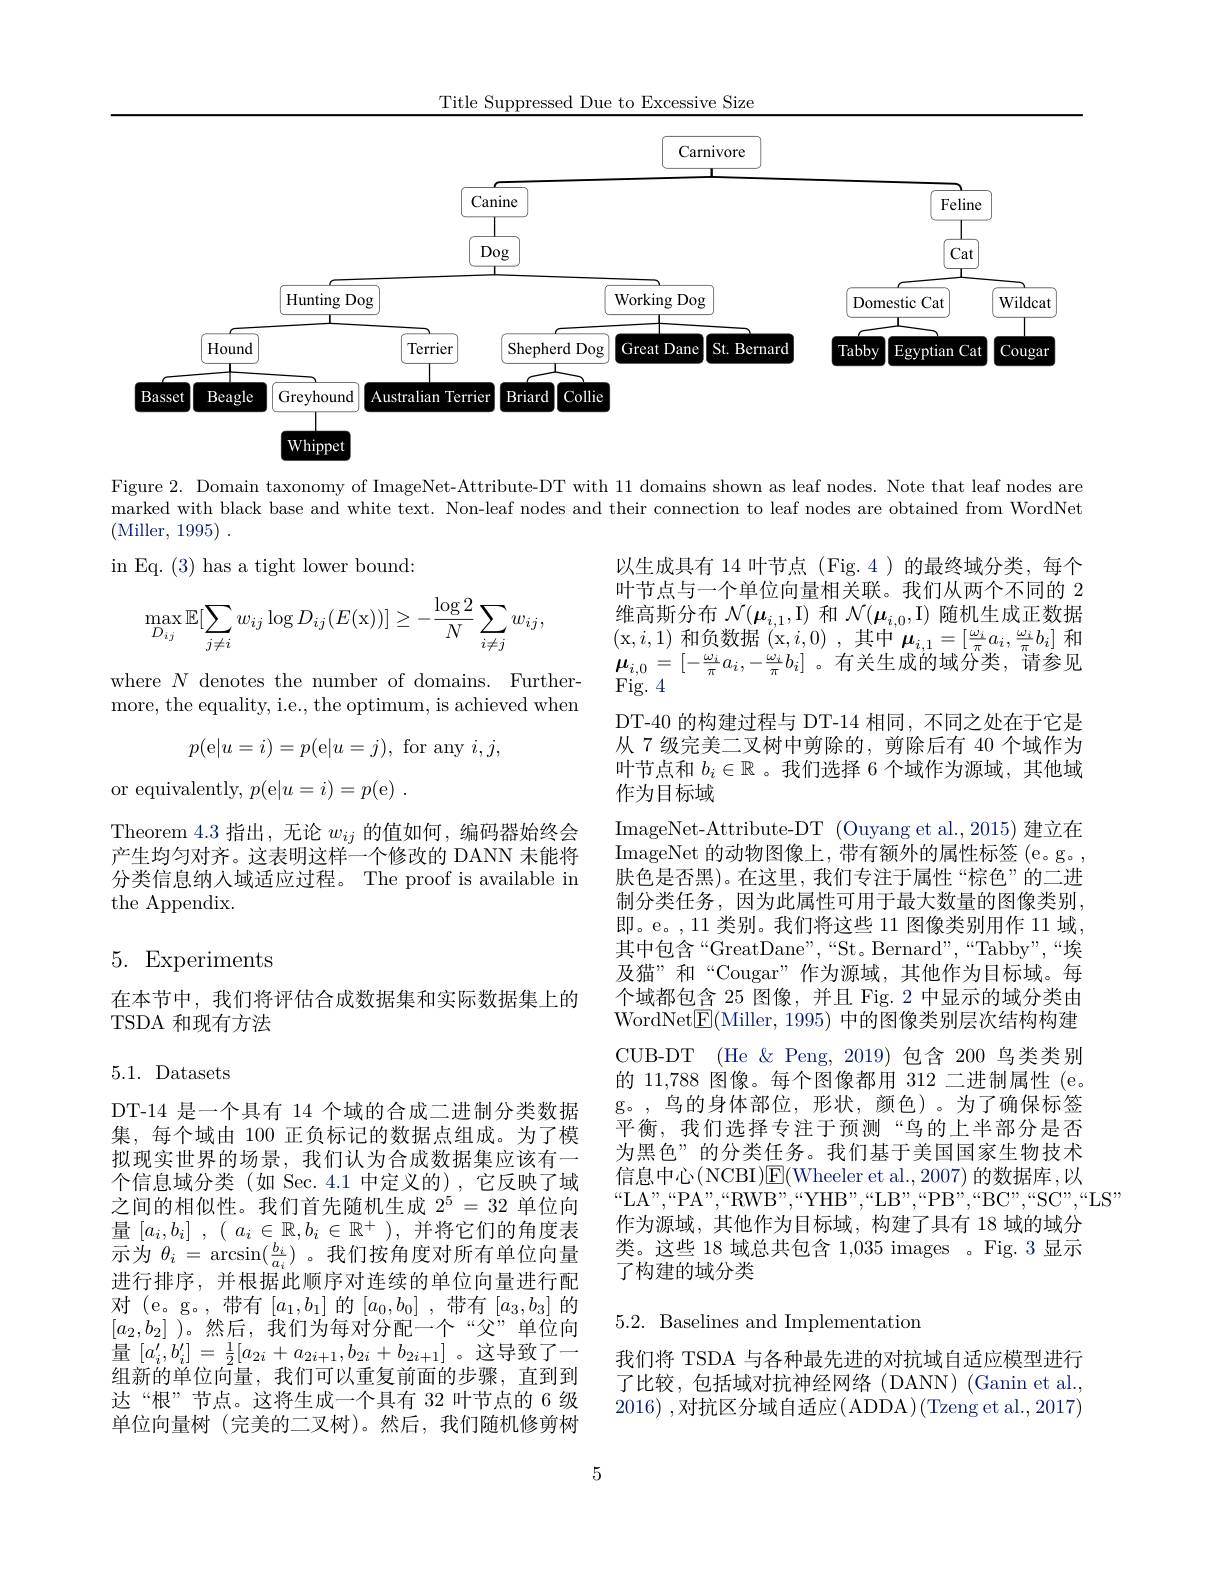
Title Suppressed Due to Excessive Size

<FigureHere>

Figure 2. Domain taxonomy of ImageNet-Attribute-DT with 11 domains shown as leaf nodes. Note that leaf nodes are

marked with black base and white text. Non-leaf nodes and their connection to leaf nodes are obtained from WordNet

(Miller, 1995) .

in Eq. (3) has a tight lower bound:
$$\max_{D_{ij}}\mathbb{E}[\sum_{j\neq i}w_{ij}\log D_{ij}(E(\mathrm{x}))]\geq-\frac{\log2}{N}\sum_{i\neq j}w_{ij},$$
where $N$ denotes the number of domains. Furthermore, the equality, i.e., the optimum, is achieved when
$$p(\mathrm{e}|u=i)=p(\mathrm{e}|u=j),$$
$i,j$,
or equivalently, $p($e$|u=i)=p($e) .

Theorem 4.3 指出，无论$w_{ij}$的值如何，编码器始终会产生均匀对齐。这表明这样一个修改的 DANN 未能将分类信息纳人域适应过程。The proof is available in the Appendix.

以生成具有 14 叶节点 (Fig.4)的最终域分类，每个叶节点与一个单位向量相关联。我们从两个不同的 2维高斯分布$\mathcal{N}(\boldsymbol{\mu}_{i,1},\mathcal{I})$和$\mathcal{N}(\boldsymbol{\mu}_{i,0},\mathcal{I})$随机生成正数据(x$,i,1)$和负数据(x$,i,0)$ ,其中$\boldsymbol\mu_i,1=[\frac{\omega_i}{\pi}a_i,\frac{\omega_i}{\pi}b_i]$和$\begin{array}{l}{\boldsymbol{\mu}_{i,0}=[-\frac{\omega_{i}}{\pi}a_{i},-\frac{\omega_{i}}{\pi}b_{i}]\text{。有关生成的域分类，请参见}}\\{\mathrm{Fig.~4}}\end{array}$ DT-40 的构建过程与 DT-14 相同，不同之处在于它是从 7 级完美二叉树中剪除的，剪除后有 40 个域作为叶节点和$b_i\in\mathbb{R}$ 。我们选择 6 个域作为源域，其他域作为目标域
ImageNet-Attribute-DT (Ouyang et al., 2015) 建立在$\operatorname*{ImageNet}$的动物图像上，带有额外的属性标签( $e$。g。, 肤色是否黑)。在这里，我们专注于属性“棕色”的二进制分类任务，因为此属性可用于最大数量的图像类别， 即。e。,11 类别。我们将这些 11 图像类别用作 11 域， 其中包含“GreatDane”,“St。Bernard”,“Tabby”,“埃及猫”和“Cougar”作为源域，其他作为目标域。每个域都包含 25 图像，并且 Fig. 2 中显示的域分类由WordNet$\boxed{\mathrm{F}}($Miller, 1995) 中的图像类别层次结构构建CUB-DT (He $\&$ Peng, 2019)包含 200 鸟类类别的 11,788 图像。每个图像都用 312 二进制属性 (e。g。,鸟的身体部位，形状，颜色)。为了确保标签平衡，我们选择专注于预测“鸟的上半部分是否为黑色”的分类任务。我们基于美国国家生物技术信息中心(NCBI)E$( Wheeler et al. , 2007) 的 数 据 库 , 以$ $“$LA",“PA”,“RWB”,“YHB”,“LB”,“PB”,“BC”,“SC”,“LS”
作为源域，其他作为目标域，构建了具有 18 域的域分类。这些 18 域总共包含 1,035 images 。Fig. 3 显示了构建的域分类

## 5. Experiments

在本节中，我们将评估合成数据集和实际数据集上的
TSDA 和现有方法

5.1. Datasets

DT-14 是一个具有 14 个域的合成二进制分类数据集，每个域由 100 正负标记的数据点组成。为了模拟现实世界的场景，我们认为合成数据集应该有一个信息域分类(如 Sec.4.1 中定义的),它反映了域之间的相似性。我们首先随机生成$2^5=32$单位向量$[ a_i, b_i]$ , ( $a_i\in \mathbb{R} , b_i\in \mathbb{R} ^+$ ),并将它们的角度表示为$\theta_i=\arcsin(\frac{b_i}{a_i})$。我们按角度对所有单位向量进行排序，并根据此顺序对连续的单位向量进行配对 (e。g。,带有$[a_1,b_1]$的$[a_0,b_0]$,带有$[a_3,b_3]$的$[a_2,b_2]$ )。然后，我们为每对分配一个“父”单位向量$\left[a_{i}^{\prime},b_{i}^{\prime}\right]=\frac12[a_{2i}+a_{2i+1},b_{2i}+b_{2i+1}]$。这导致了一组新的单位向量，我们可以重复前面的步骤，直到到达“根”节点。这将生成一个具有 32 叶节点的 6 级单位向量树 (完美的二叉树)。然后，我们随机修剪树

## 5.2. Baselines and Implementation

我们将 TSDA 与各种最先进的对抗域自适应模型进行了比较，包括域对抗神经网络(DANN)(Ganin et al. 2016) ,对抗区分域自适应$\left(\mathrm{ADDA}\right)\left(\mathrm{Tzeng~et~al.},2017\right)$

5